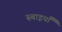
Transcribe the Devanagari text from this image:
रूबाइयाँ